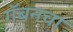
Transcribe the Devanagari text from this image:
गॅबनचा